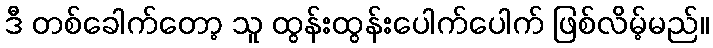
ဒီ တစ်ခေါက်တော့ သူ ထွန်းထွန်းပေါက်ပေါက် ဖြစ်လိမ့်မည်။